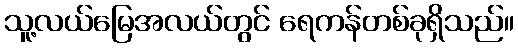
သူ့လယ်မြေအလယ်တွင် ရေကန်တစ်ခုရှိသည်။